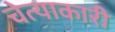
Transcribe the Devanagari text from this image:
चेत्याकारी